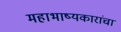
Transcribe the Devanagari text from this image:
महाभाष्यकारांचा